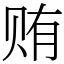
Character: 贿